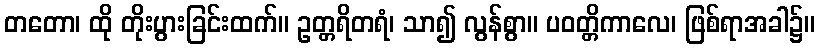
တတော၊ ထို တိုးပွားခြင်းထက်။ ဥတ္တရိတရံ၊ သာ၍ လွန်စွာ။ ပဝတ္တိကာလေ၊ ဖြစ်ရာအခါ၌။